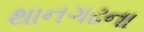
થાનગઢના